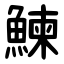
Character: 鰊